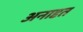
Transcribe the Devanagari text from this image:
अनादृत